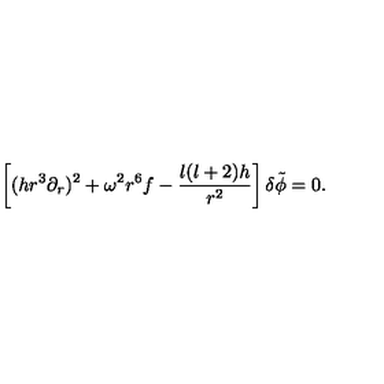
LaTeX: \left[ ( h r ^ { 3 } \partial _ { r } ) ^ { 2 } + \omega ^ { 2 } r ^ { 6 } f - { \frac { l ( l + 2 ) h } { r ^ { 2 } } } \right] \delta \tilde { \phi } = 0 .